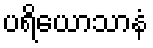
ပရိယောသာနံ